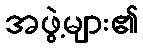
အဖွဲ့များ၏